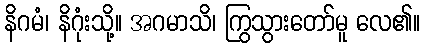
နိဂမံ၊ နိဂုံးသို့။ အဂမာသိ၊ ကြွသွားတော်မူ လေ၏။